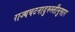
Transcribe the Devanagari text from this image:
राज्यघटनादुरुस्तीनुसार